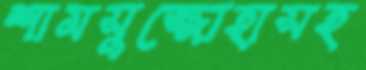
শামসুজ্জোহাসহ